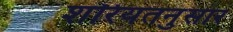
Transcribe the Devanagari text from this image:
शरियतनुसार